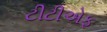
ટીટીએફ